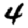
Digit: 4